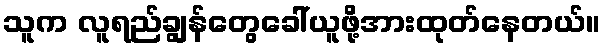
သူက လူရည်ချွန်တွေခေါ်ယူဖို့အားထုတ်နေတယ်။